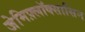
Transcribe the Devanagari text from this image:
जेमिफ़्लॉक्सासिन